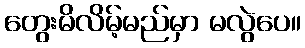
တွေးမိလိမ့်မည်မှာ မလွဲပေ။